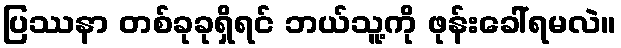
ပြဿနာ တစ်ခုခုရှိရင် ဘယ်သူ့ကို ဖုန်းခေါ်ရမလဲ။